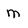
Character: m